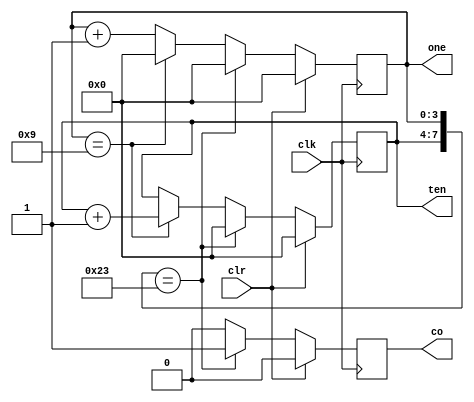
// 24
module cnt24(ten,one,co,clk,clr);
output [3:0] ten,one;
output co;
input clk,clr;
reg [3:0] ten,one;
reg co;

always @(posedge clk) begin
    if (clr) begin
        ten <= 0; one <= 0; co <= 0;
    end
    else begin
        if ({ten,one} == 8'b0010_0011) begin
            ten <= 0; one <= 0; co <= 1;
        end
        else if (one == 4'b1001) begin
            ten <= ten + 1; one <= 0; co <= 0;
        end
        else begin
            one = one + 1; co <= 0;
        end
    end
end
endmodule